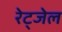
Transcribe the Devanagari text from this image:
रेट्जेल